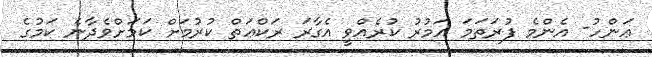
ޢަންހު- އެންމެ ފުރަތަމަ އަމުރު ކުރެއްވީ އެގާރަ ރަކްޢަތް ކުރުމަށް ކަމަށްވެދާނެ ކަމުގެ